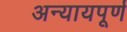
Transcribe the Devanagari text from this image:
अन्‍यायपूर्ण